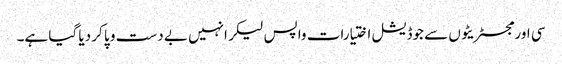
سی اور مجسٹریٹوں سے جوڈیشل اختیارات واپس لیکر انہیں بے دست و پا کر دیا گیا ہے۔